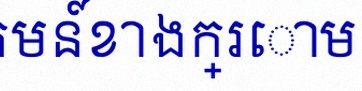
អនុគមន៍ខាងក្រោម